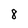
Character: 8